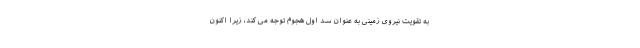
به تقویت نیروی زمینی به عنوان سد اول هجوم توجه می کند، زیرا اکنون